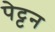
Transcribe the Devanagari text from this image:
पेट्टन